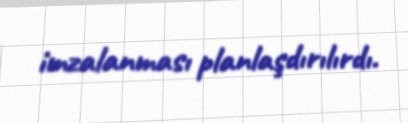
imzalanması planlaşdırılırdı.